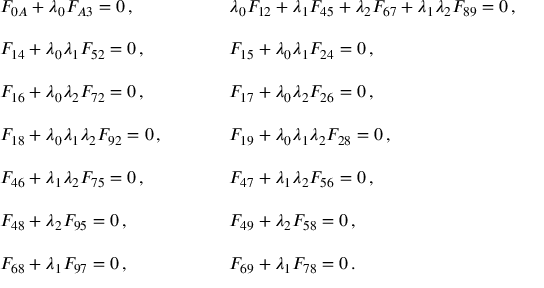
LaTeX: \begin{array} { l l } { { F _ { 0 A } + \lambda _ { 0 } F _ { A 3 } = 0 \, , ~ ~ ~ ~ } } & { { ~ ~ ~ ~ \lambda _ { 0 } F _ { 1 2 } + \lambda _ { 1 } F _ { 4 5 } + \lambda _ { 2 } F _ { 6 7 } + \lambda _ { 1 } \lambda _ { 2 } F _ { 8 9 } = 0 \, , } } \\ { { { } } } & { { { } } } \\ { { { } F _ { 1 4 } + \lambda _ { 0 } \lambda _ { 1 } F _ { 5 2 } = 0 \, , ~ ~ ~ ~ } } & { { ~ ~ ~ ~ F _ { 1 5 } + \lambda _ { 0 } \lambda _ { 1 } F _ { 2 4 } = 0 \, , } } \\ { { { } } } & { { { } } } \\ { { { } F _ { 1 6 } + \lambda _ { 0 } \lambda _ { 2 } F _ { 7 2 } = 0 \, , ~ ~ ~ ~ } } & { { ~ ~ ~ ~ F _ { 1 7 } + \lambda _ { 0 } \lambda _ { 2 } F _ { 2 6 } = 0 \, , } } \\ { { { } } } & { { { } } } \\ { { { } F _ { 1 8 } + \lambda _ { 0 } \lambda _ { 1 } \lambda _ { 2 } F _ { 9 2 } = 0 \, , ~ ~ ~ ~ } } & { { ~ ~ ~ ~ F _ { 1 9 } + \lambda _ { 0 } \lambda _ { 1 } \lambda _ { 2 } F _ { 2 8 } = 0 \, , } } \\ { { { } } } & { { { } } } \\ { { { } F _ { 4 6 } + \lambda _ { 1 } \lambda _ { 2 } F _ { 7 5 } = 0 \, , ~ ~ ~ ~ } } & { { ~ ~ ~ ~ F _ { 4 7 } + \lambda _ { 1 } \lambda _ { 2 } F _ { 5 6 } = 0 \, , } } \\ { { { } } } & { { { } } } \\ { { { } F _ { 4 8 } + \lambda _ { 2 } F _ { 9 5 } = 0 \, , ~ ~ ~ ~ } } & { { ~ ~ ~ ~ F _ { 4 9 } + \lambda _ { 2 } F _ { 5 8 } = 0 \, , } } \\ { { { } } } & { { { } } } \\ { { { } F _ { 6 8 } + \lambda _ { 1 } F _ { 9 7 } = 0 \, , ~ ~ ~ ~ } } & { { ~ ~ ~ ~ F _ { 6 9 } + \lambda _ { 1 } F _ { 7 8 } = 0 \, . } } \end{array}